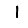
Digit: 1